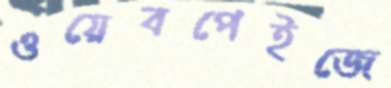
ওয়েবপেইজে